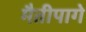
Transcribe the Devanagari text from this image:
मैतीपागे